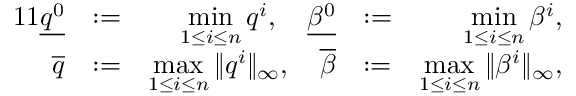
\begin{array} { r l r l r } { { 1 1 } \underline { { q ^ { 0 } } } } & { : = } & { \displaystyle \operatorname* { m i n } _ { 1 \leq i \leq n } q ^ { i } , \quad \underline { { \beta ^ { 0 } } } } & { : = } & { \displaystyle \operatorname* { m i n } _ { 1 \leq i \leq n } \beta ^ { i } , } \\ { \overline { { q } } } & { : = } & { \displaystyle \operatorname* { m a x } _ { 1 \leq i \leq n } \| q ^ { i } \| _ { \infty } , \quad \overline { { \beta } } } & { : = } & { \displaystyle \operatorname* { m a x } _ { 1 \leq i \leq n } \| \beta ^ { i } \| _ { \infty } , } \end{array}